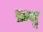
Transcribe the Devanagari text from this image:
फ़यू